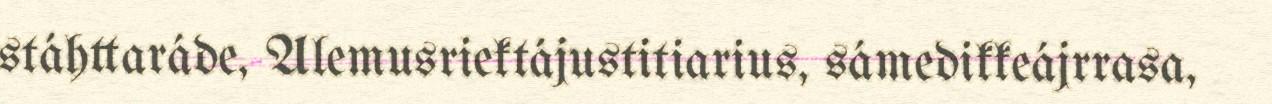
stáhttaráde, Alemusriektájustitiarius, sámedikkeájrrasa,